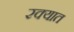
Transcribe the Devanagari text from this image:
रक्यात